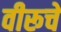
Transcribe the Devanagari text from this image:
वीरूचे